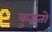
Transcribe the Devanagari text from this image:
कुइंतो